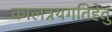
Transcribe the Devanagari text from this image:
कालत्रयगतिहेतुं